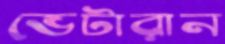
ভেটারান